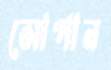
সোপান